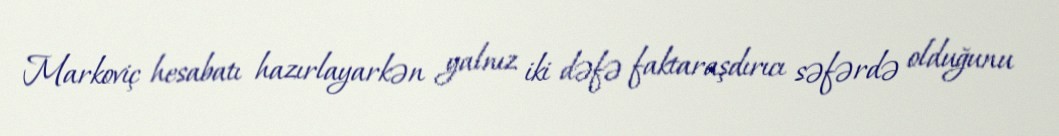
Markoviç hesabatı hazırlayarkən yalnız iki dəfə faktaraşdırıcı səfərdə olduğunu